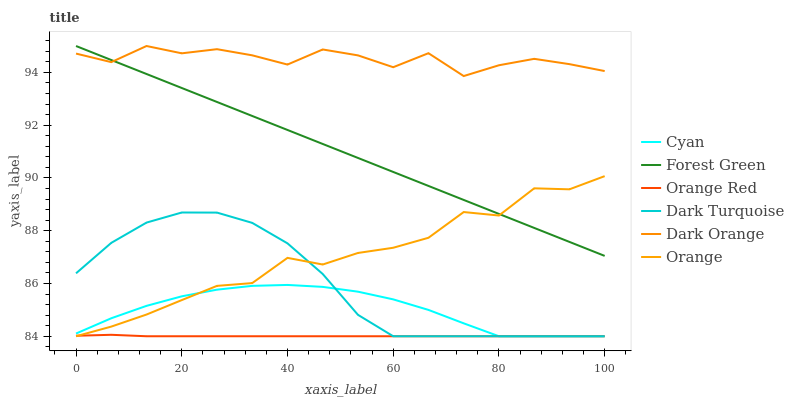
| xaxis_label | Cyan | Forest Green | Orange Red | Dark Turquoise | Dark Orange | Orange |
 | --- | --- | --- | --- | --- | --- | --- |
 | 0 | 84.1 | 95 | 84 | 86.4 | 94.7 | 84 |
 | 6.67 | 84.7 | 94.5 | 84.1 | 87.5 | 94.4 | 84.4 |
 | 13.3 | 85.2 | 93.9 | 84 | 88.3 | 95 | 84.8 |
 | 20 | 85.5 | 93.4 | 84 | 88.7 | 94.7 | 85.4 |
 | 26.7 | 85.8 | 92.9 | 84 | 88.7 | 94.9 | 85.9 |
 | 33.3 | 85.9 | 92.3 | 84 | 88.3 | 94.6 | 86 |
 | 40 | 85.9 | 91.8 | 84 | 87.5 | 94.3 | 87 |
 | 46.7 | 85.9 | 91.3 | 84 | 86.4 | 94.9 | 86.7 |
 | 53.3 | 85.7 | 90.8 | 84 | 84.8 | 94.6 | 87.2 |
 | 60 | 85.4 | 90.2 | 84 | 84 | 94.2 | 87.4 |
 | 66.7 | 85 | 89.7 | 84 | 84 | 94.7 | 87.7 |
 | 73.3 | 84.5 | 89.2 | 84 | 84 | 93.9 | 88.7 |
 | 80 | 84 | 88.6 | 84 | 84 | 94.3 | 88.6 |
 | 86.7 | 84 | 88.1 | 84 | 84 | 94.5 | 89.6 |
 | 93.3 | 84 | 87.6 | 84 | 84 | 94.3 | 89.6 |
 | 100 | 84 | 87 | 84 | 84 | 94.1 | 90.1 |